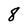
Character: 8